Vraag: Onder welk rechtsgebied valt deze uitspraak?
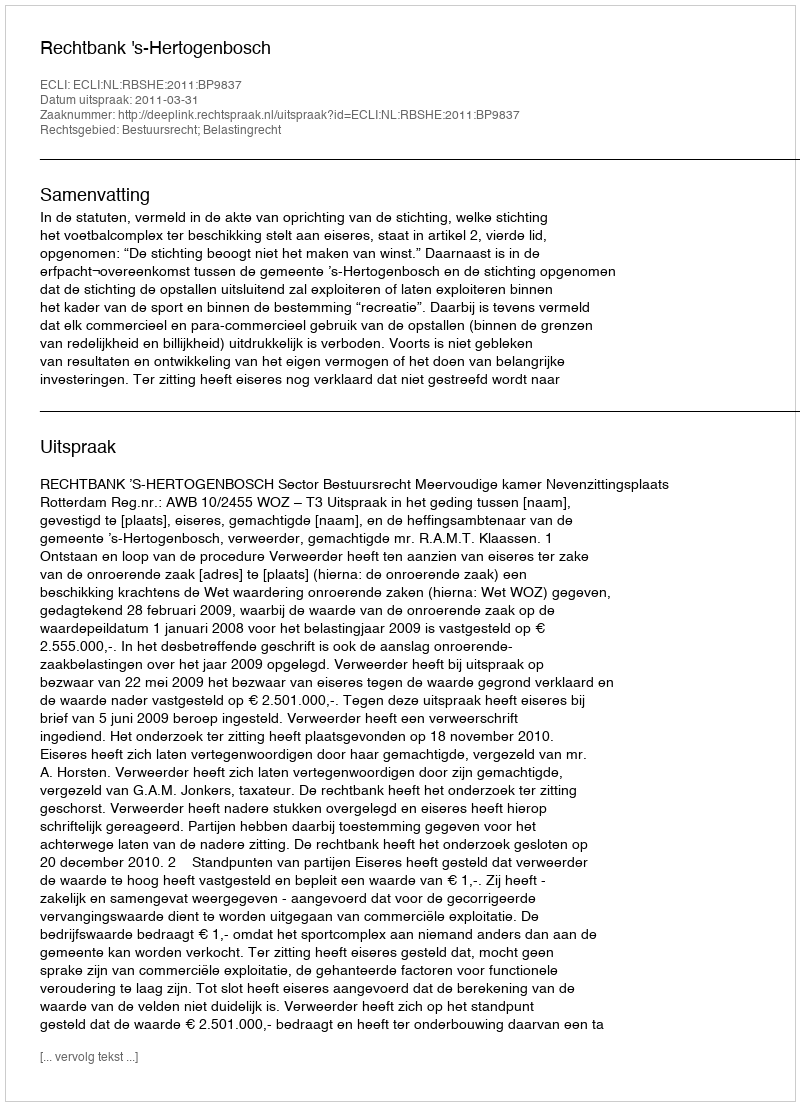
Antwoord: Bestuursrecht; Belastingrecht